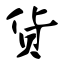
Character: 货